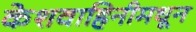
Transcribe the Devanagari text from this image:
केशवाहिनीमधून